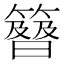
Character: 𥴉